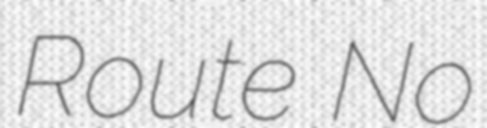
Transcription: Route No